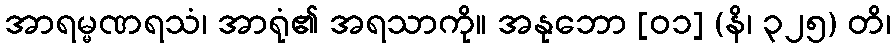
အာရမ္မဏရသံ၊ အာရုံ၏ အရသာကို။ အနုဘော [၀၁] (နိ၊ ၃၂၅) တိ၊